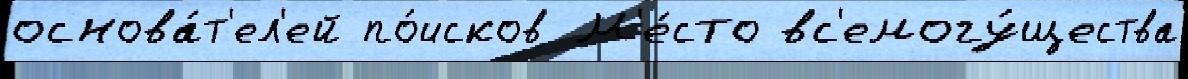
основа́т'ел'ей по́исков М'е́сто вс'емогу́щества